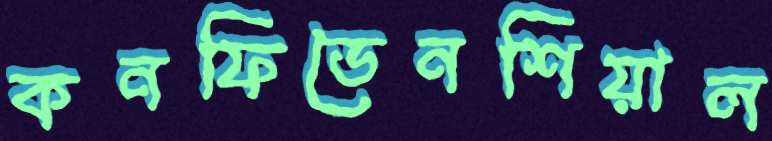
কনফিডেনশিয়াল